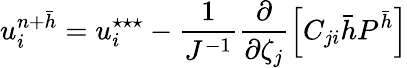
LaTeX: u_{i}^{n+\bar{h}}=u_{i}^{\star\star\star}-\frac{1}{J^{-1}}\frac{\partial}{\partial\zeta_{j}}\left[C_{ji}\bar{h}P^{\bar{h}}\right]